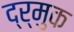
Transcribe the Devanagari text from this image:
द्र्मुक